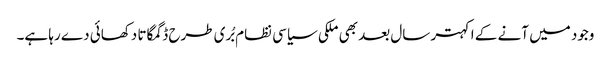
وجود میں آنے کے اکہتر سال بعد بھی ملکی سیاسی نظام بُری طرح ڈگمگاتا دکھائی دے رہا ہے۔